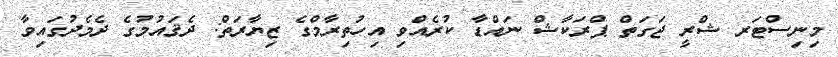
މިނިސްޓަރ ޝްރީ ޖަގަތް ޕްރަކާޝް ނައްޑާ ކުރެއްވި އިހުތިރާމްގެ ޒިޔާރަތް: ދެޤައުމުގެ ދެމެދުގައިވާ